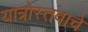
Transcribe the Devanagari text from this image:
यात्रोस्तवाचे